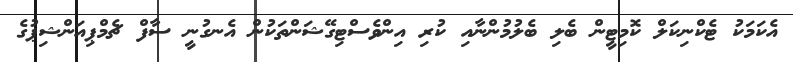
އެކަމަކު ޓެކްނިކަލް ކޮމިޓީން ބެލި ބެލުމުންނާއި ކުރި އިންވެސްޓިގޭޝަންތަކުން އެނގުނީ ސާފް ޗެމްޕިއަންޝިޕުގެ